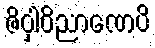
ဇိဝှါဝိညာဏေပိ